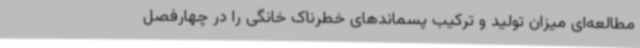
مطالعه‌ای میزان تولید و ترکیب پسماندهای خطرناک خانگی را در چهارفصل